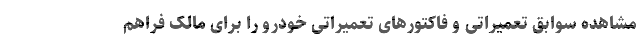
مشاهده سوابق تعمیراتی و فاکتورهای تعمیراتی خودرو را برای مالک فراهم